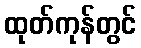
ထုတ်ကုန်တွင်